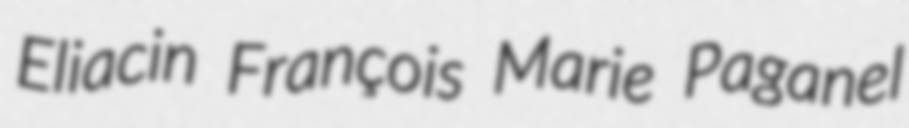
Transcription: Eliacin François Marie Paganel